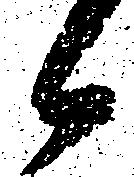
候